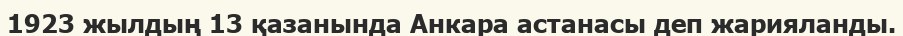
1923 жылдың 13 қазанында Анкара астанасы деп жарияланды.